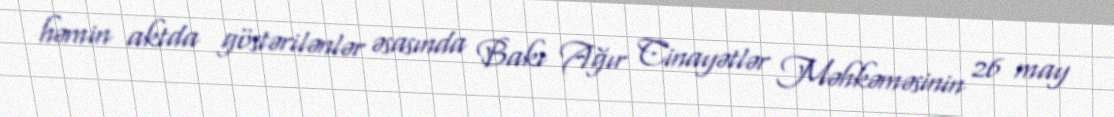
həmin aktda göstərilənlər əsasında Bakı Ağır Cinayətlər Məhkəməsinin 26 may